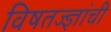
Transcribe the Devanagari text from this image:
विषतज्‍ज्ञांची